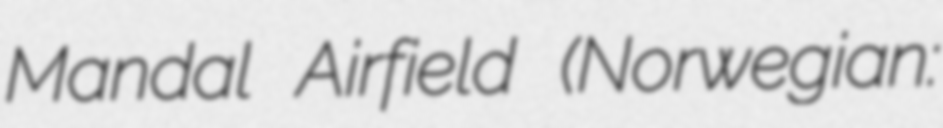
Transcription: Mandal Airfield (Norwegian: